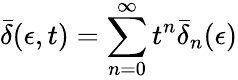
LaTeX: \bar{\delta}(\epsilon,t)=\sum_{n=0}^{\infty}t^{n}\bar{\delta}_{n}(\epsilon)